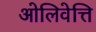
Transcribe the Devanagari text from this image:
ओलिवेत्ति